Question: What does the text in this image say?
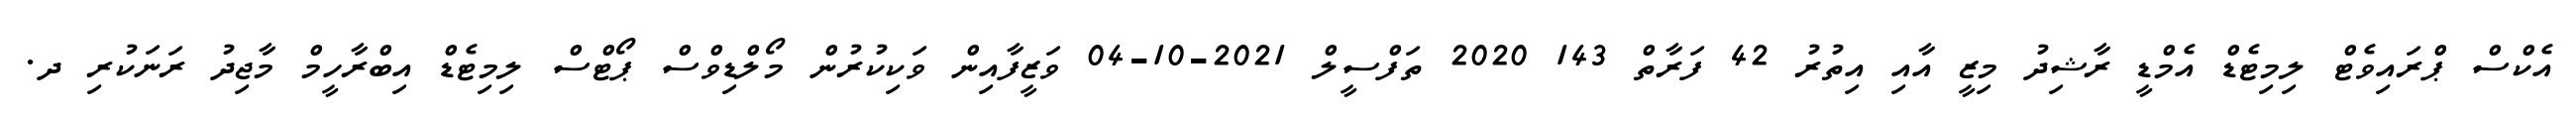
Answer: އެކްސް ޕްރައިވެޓް ލިމިޓެޑް އެމްޑީ ރާޝިދު މިޒީ އާއި އިތުރު 42 ފަރާތް 143 2020 ތަފްސީލް 2021-10-04 ވަޒީފާއިން ވަކިކުރުން މޯލްޑިވްސް ޕޯޓްސް ލިމިޓެޑް އިބްރާހީމް މާޖިދު ރަނަކުރި ދ.